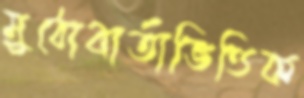
মুঠোবার্তাভিত্তিক